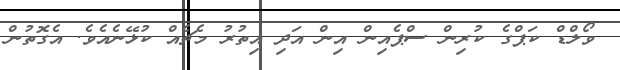
ވޯލްޑް ކަޕްގެ ކުރިން ސްޕެއިން އިން އަދި އިތުރު މެޗެއް ކުޅޭނެއެވެ. އެގޮތުން